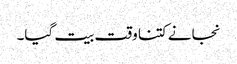
نجانے کتنا وقت بیت گیا۔